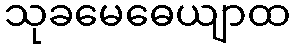
သုခမေဓေယျာထ